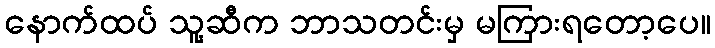
နောက်ထပ် သူ့ဆီက ဘာသတင်းမှ မကြားရတော့ပေ။